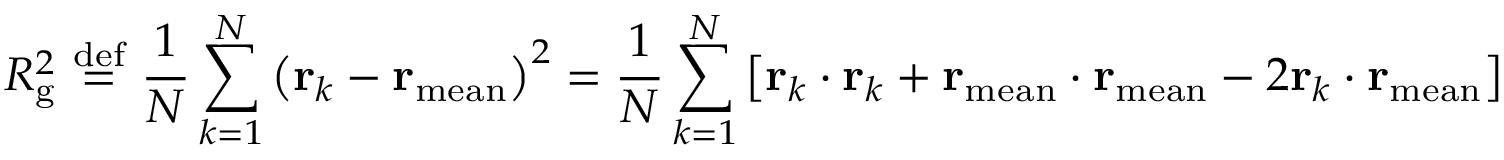
R _ { \mathrm { g } } ^ { 2 } \ { \stackrel { \mathrm { d e f } } { = } } \ { \frac { 1 } { N } } \sum _ { k = 1 } ^ { N } \left( \mathbf { r } _ { k } - \mathbf { r } _ { \mathrm { m e a n } } \right) ^ { 2 } = { \frac { 1 } { N } } \sum _ { k = 1 } ^ { N } \left[ \mathbf { r } _ { k } \cdot \mathbf { r } _ { k } + \mathbf { r } _ { \mathrm { m e a n } } \cdot \mathbf { r } _ { \mathrm { m e a n } } - 2 \mathbf { r } _ { k } \cdot \mathbf { r } _ { \mathrm { m e a n } } \right]